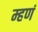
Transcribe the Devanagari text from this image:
म्हणं